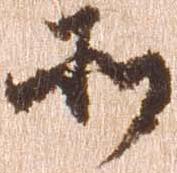
そ